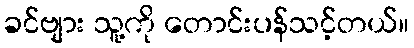
ခင်ဗျား သူ့ကို တောင်းပန်သင့်တယ်။